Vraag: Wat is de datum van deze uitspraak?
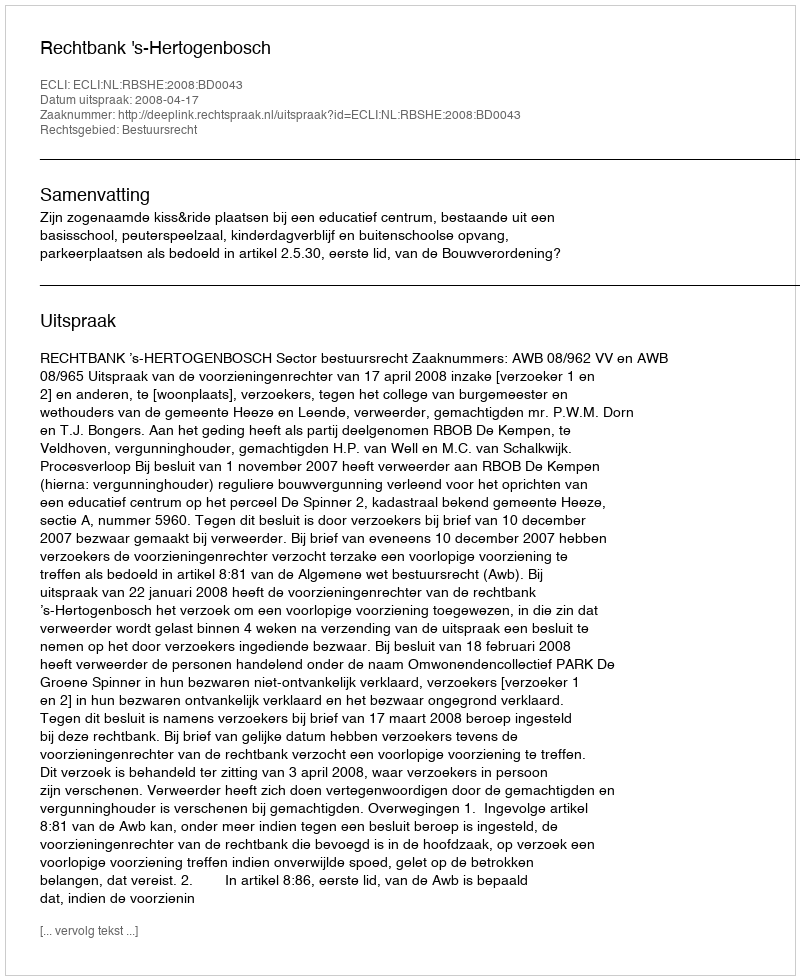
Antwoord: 2008-04-17